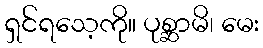
ရှင်ရသေ့ကို။ ပုစ္ဆာမိ၊ မေး